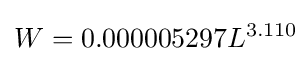
W=0.000005297L^{3.110}\!